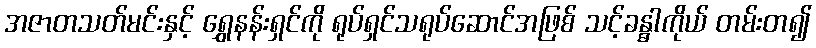
အဇာတသတ်မင်းနှင့် ရွှေနန်းရှင်ကို ရုပ်ရှင်သရုပ်ဆောင်အဖြစ် သင့်ခန္ဓါကိုယ် တမ်းတ၍